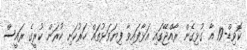
ކޮވިޑް-19 އާ ގުޅިގެން ރާއްޖޭގައި އަޅާފައިވާ ފިޔަވަޅުތައް ހަރުކަށި ކުރަން ކުރީގެ ރައީސް